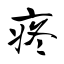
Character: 疼